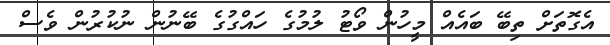
އެގޮތަށް ތިބޭ ބައެއް މީހުން ވޯޓު ލުމުގެ ހައްގުގެ ބޭނުން ނުކުރުން ވެސް